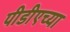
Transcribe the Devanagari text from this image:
पीडीएच्या